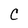
Character: C